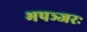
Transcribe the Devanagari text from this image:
भपञ्जरः